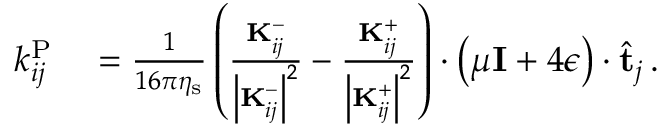
\begin{array} { r l } { k _ { i j } ^ { \mathrm { P } } } & { { } = \frac { 1 } { 1 6 \pi \eta _ { \mathrm { s } } } \left( \frac { \mathbf { K } _ { i j } ^ { - } } { \left| \mathbf { K } _ { i j } ^ { - } \right| ^ { 2 } } - \frac { \mathbf { K } _ { i j } ^ { + } } { \left| \mathbf { K } _ { i j } ^ { + } \right| ^ { 2 } } \right) \cdot \left( \mu \mathbf { I } + 4 \boldsymbol { \epsilon } \right) \cdot \hat { \mathbf { t } } _ { j } \, . } \end{array}